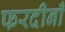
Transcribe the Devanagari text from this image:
फरदीनाँ